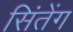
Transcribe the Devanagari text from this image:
सिंतेंग